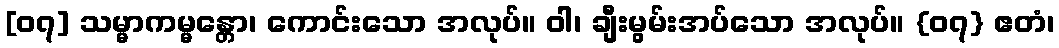
[၀၇] သမ္မာကမ္မန္တော၊ ကောင်းသော အလုပ်။ ဝါ၊ ချီးမွမ်းအပ်သော အလုပ်။ {၀၇} ဧတံ၊